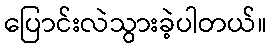
ပြောင်းလဲသွားခဲ့ပါတယ်။